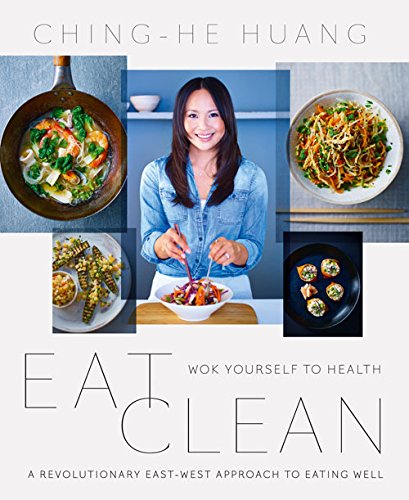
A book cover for Eat Clean: Wok Yourself to Health; Ching-He Huang; Cookbooks, Food & Wine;